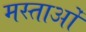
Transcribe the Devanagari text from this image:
मस्ताओं